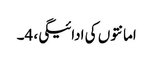
امانتوں کی ادائیگی، 4۔